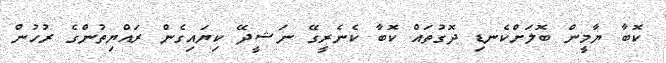
ކޮބާ ޔާމީން ބޮލަށްކެނޑި ދޮގުތަައް ކޮބާ ކެނެރީގޭ ނަޝީދޭ ކިޔައިގެން ރައްޔިތުންގެ ރުހުން